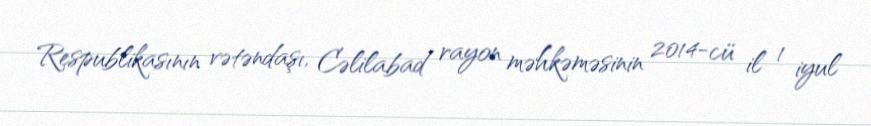
Respublikasının vətəndaşı, Cəlilabad rayon məhkəməsinin 2014-cü il 1 iyul